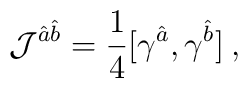
{\cal J}^{\hat{a}\hat{b}}=\frac{1}{4}[\gamma^{\hat{a}},\gamma^{\hat{b}}] \: ,